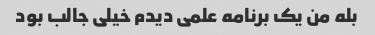
بله من یک برنامه علمی دیدم خیلی جالب بود